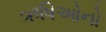
ઋષિઓનો